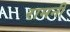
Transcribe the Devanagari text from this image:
रामनी